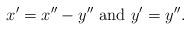
LaTeX: \begin{align*}x'=x''-y'' \textnormal{ and } y'=y''.\end{align*}